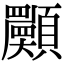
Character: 𩕾